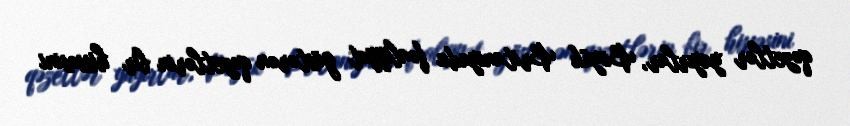
qəzetlər yayırlar, Böyük Britaniyada fəaliyyət göstərən qəzetlərin bir hissəsini